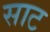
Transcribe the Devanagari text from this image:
साट